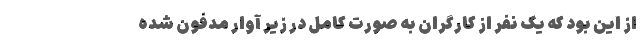
از این بود که یک نفر از کارگران به صورت کامل در زیر آوار مدفون شده